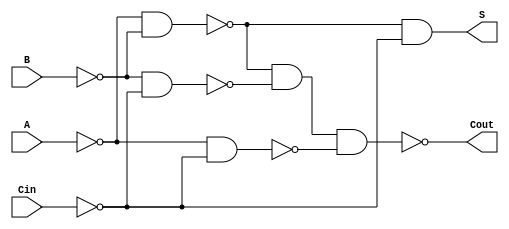
module NegativeCircuitFullAdder (
    input wire A,     // First significant bit (active low)
    input wire B,     // Second significant bit (active low)
    input wire Cin,   // Carry-in bit (active low)
    output wire S,    // Sum output bit (active low)
    output wire Cout   // Carry-out bit (active low)
);

    // Intermediate signals for the logic
    wire A_n, B_n, Cin_n;      // Inverted inputs
    wire sum_nand1, sum_nand2; // Intermediate sum signals
    wire carry_nand1, carry_nand2, carry_nand3; // Intermediate carry signals

    // Inverting the inputs (active low means we need to invert)
    assign A_n = ~A;
    assign B_n = ~B;
    assign Cin_n = ~Cin;

    // Sum output (S = NOT (A XOR B XOR Cin))
    assign sum_nand1 = ~(A_n & B_n);
    assign sum_nand2 = ~(sum_nand1 & Cin_n);
    assign S = ~(sum_nand2);

    // Carry-out (Cout = NOT ((A AND B) OR (B AND Cin) OR (A AND Cin)))
    assign carry_nand1 = ~(A_n & B_n);
    assign carry_nand2 = ~(B_n & Cin_n);
    assign carry_nand3 = ~(A_n & Cin_n);
    assign Cout = ~(carry_nand1 & carry_nand2 & carry_nand3);

endmodule